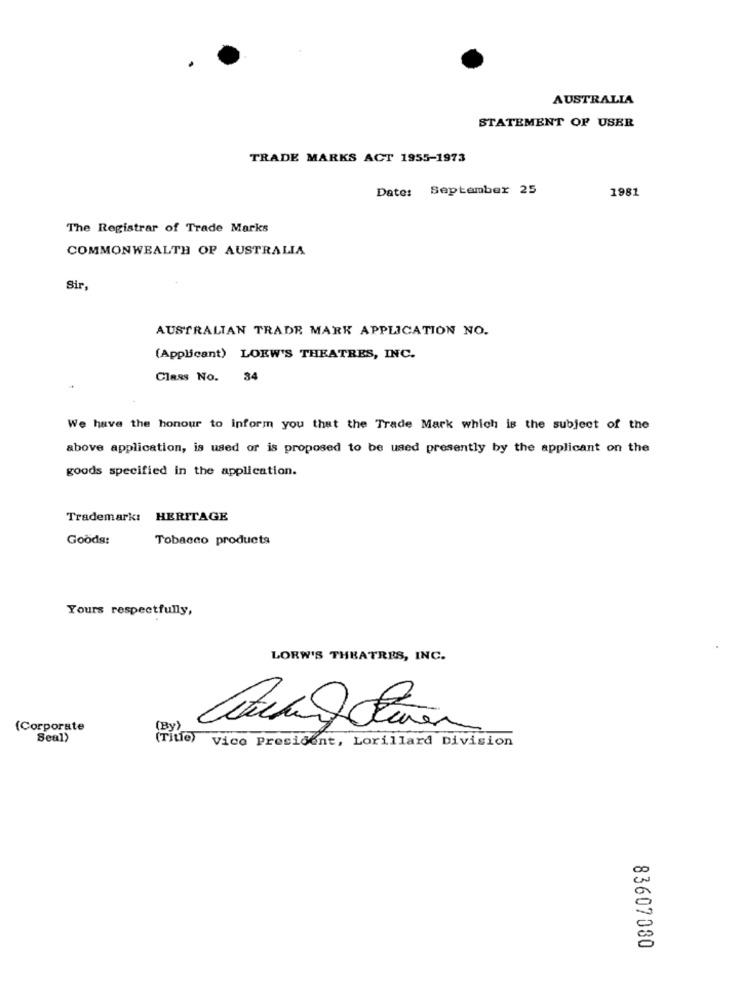
AUSTRALIA
STATEMENT OF USER
TRADE MARKS ACT 1955-1973
Date: September 25
1981
The Registrar of Trade Marks
COMMONWEALTH OF AUSTRALIA
Sir,
AUSTRALIAN TRADE MARK APPLICATION NO.
(Applicant) LOKW'S THEATRES, INC.
Class No. 34
We have the honour to inform you that the Trade Mark which is the subject of the
above application, is used or is proposed to be used presently by the applicant on the
goods specified in the application.
Trademarkı
HERITAGE
Goods:
Tobacco products
Yours respectfully,
LORW'S THEATRES, INC.
(Corporate
(By)
Seal)
(Title)
Vice President, Lorillard Division
83607080